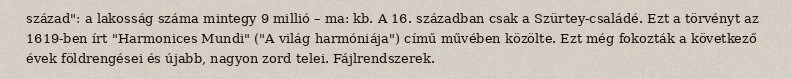
század": a lakosság száma mintegy 9 millió – ma: kb. A 16. században csak a Szürtey-családé. Ezt a törvényt az 1619-ben írt "Harmonices Mundi" ("A világ harmóniája") című művében közölte. Ezt még fokozták a következő évek földrengései és újabb, nagyon zord telei. Fájlrendszerek.